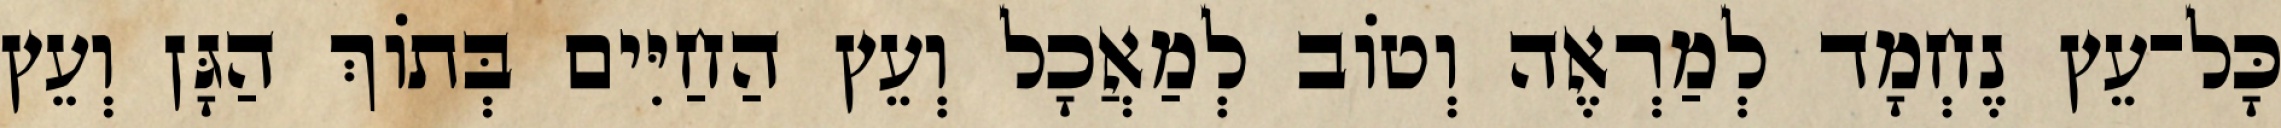
כָּל־עֵץ נֶחְמָד לְמַרְאֶה וְטֹוב לְמַאֲכָל וְעֵץ הַחַיִּים בְּתֹוךְ הַגָּן וְעֵץ